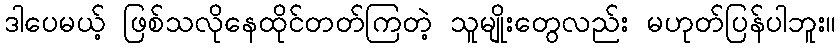
ဒါပေမယ့် ဖြစ်သလိုနေထိုင်တတ်ကြတဲ့ သူမျိုးတွေလည်း မဟုတ်ပြန်ပါဘူး။